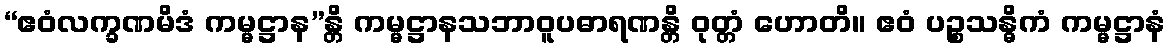
“ဧဝံလက္ခဏမိဒံ ကမ္မဋ္ဌာန”န္တိ ကမ္မဋ္ဌာနသဘာဝူပဓာရဏန္တိ ဝုတ္တံ ဟောတိ။ ဧဝံ ပဉ္စသန္ဓိကံ ကမ္မဋ္ဌာနံ